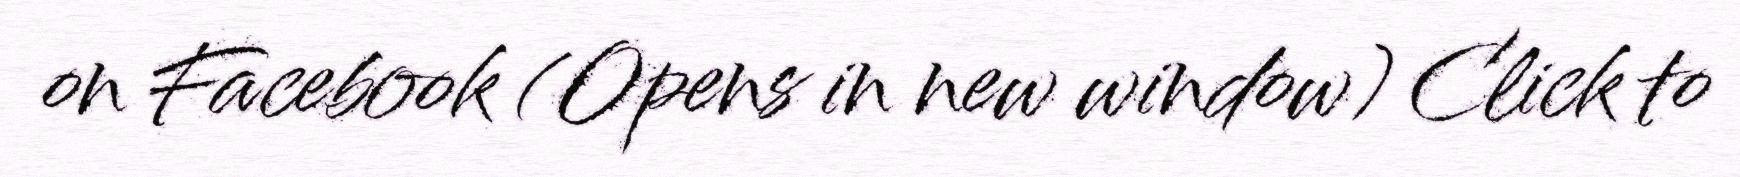
on Facebook (Opens in new window) Click to